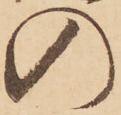
の